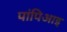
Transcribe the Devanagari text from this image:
पांपिआइ